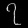
Digit: ၇